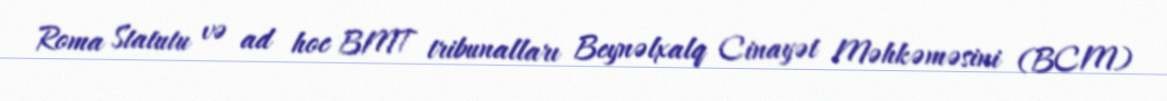
Roma Statutu və ad hoc BMT tribunalları Beynəlxalq Cinayət Məhkəməsini (BCM)